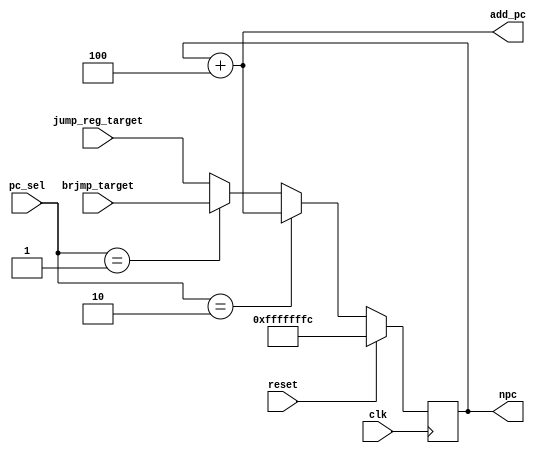
module pcgen (
    input clk, 
    input reset,
    input [1:0] pc_sel,
    input [31:0] jump_reg_target,
    input [31:0] brjmp_target,
    output [31:0] npc,
    output [31:0] add_pc
);

    reg [31:0] pc0;

    wire [1:0]  s;
    wire [31:0] out;

    assign add_pc = pc0 + 4;
    assign npc = pc0;

    assign out = (pc_sel == 2'b10) ? add_pc :
                 (pc_sel == 2'b01) ? brjmp_target:
                 jump_reg_target; 

    always @(posedge clk) begin
        if (reset)begin
            pc0 <= #1 -4;
        end
        else begin
            pc0 <= #1 out;
        end
    end
endmodule